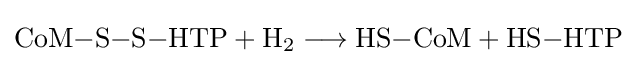
{\mathrm {CoM} {-}\mathrm {S} {-}\mathrm {S} {-}\mathrm {HTP} {}+{}\mathrm {H} {\vphantom {A}}_{\smash[{t}]{2}}{}\mathrel {\longrightarrow } {}\mathrm {HS} {-}\mathrm {CoM} {}+{}\mathrm {HS} {-}\mathrm {HTP} }